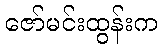
ဇော်မင်းထွန်းက